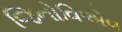
જિનોવિએવ